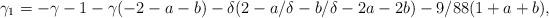
LaTeX: \begin{align*}\gamma_1 = -\gamma-1- \gamma(-2-a-b) - \delta (2-a/\delta-b/\delta-2a-2b) - 9/88(1+a+b) ,\end{align*}